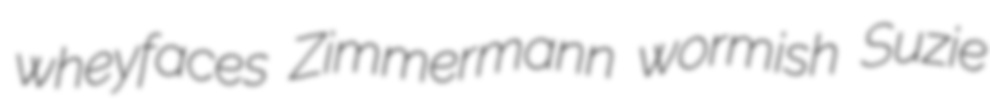
wheyfaces Zimmermann wormish Suzie